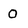
Character: o